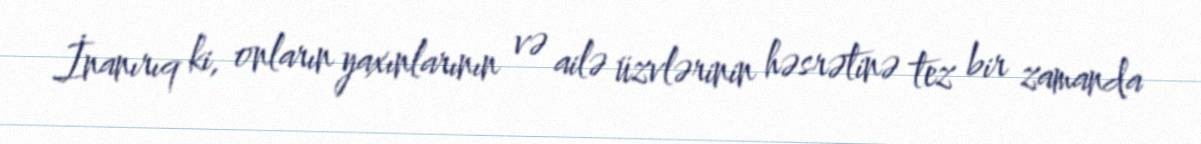
İnanırıq ki, onların yaxınlarının və ailə üzvlərinin həsrətinə tez bir zamanda